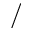
/